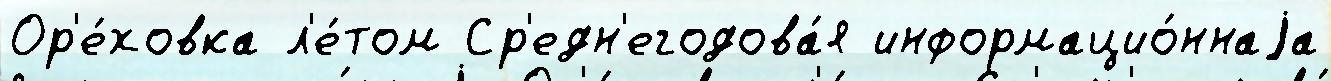
Ор'е́ховка л'е́том Ср'едн'егодова́я информацио́ннаjа